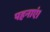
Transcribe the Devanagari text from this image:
पहनाएं।